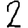
Digit: 2